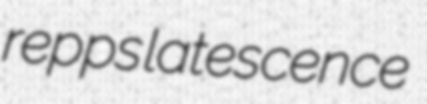
repps latescence